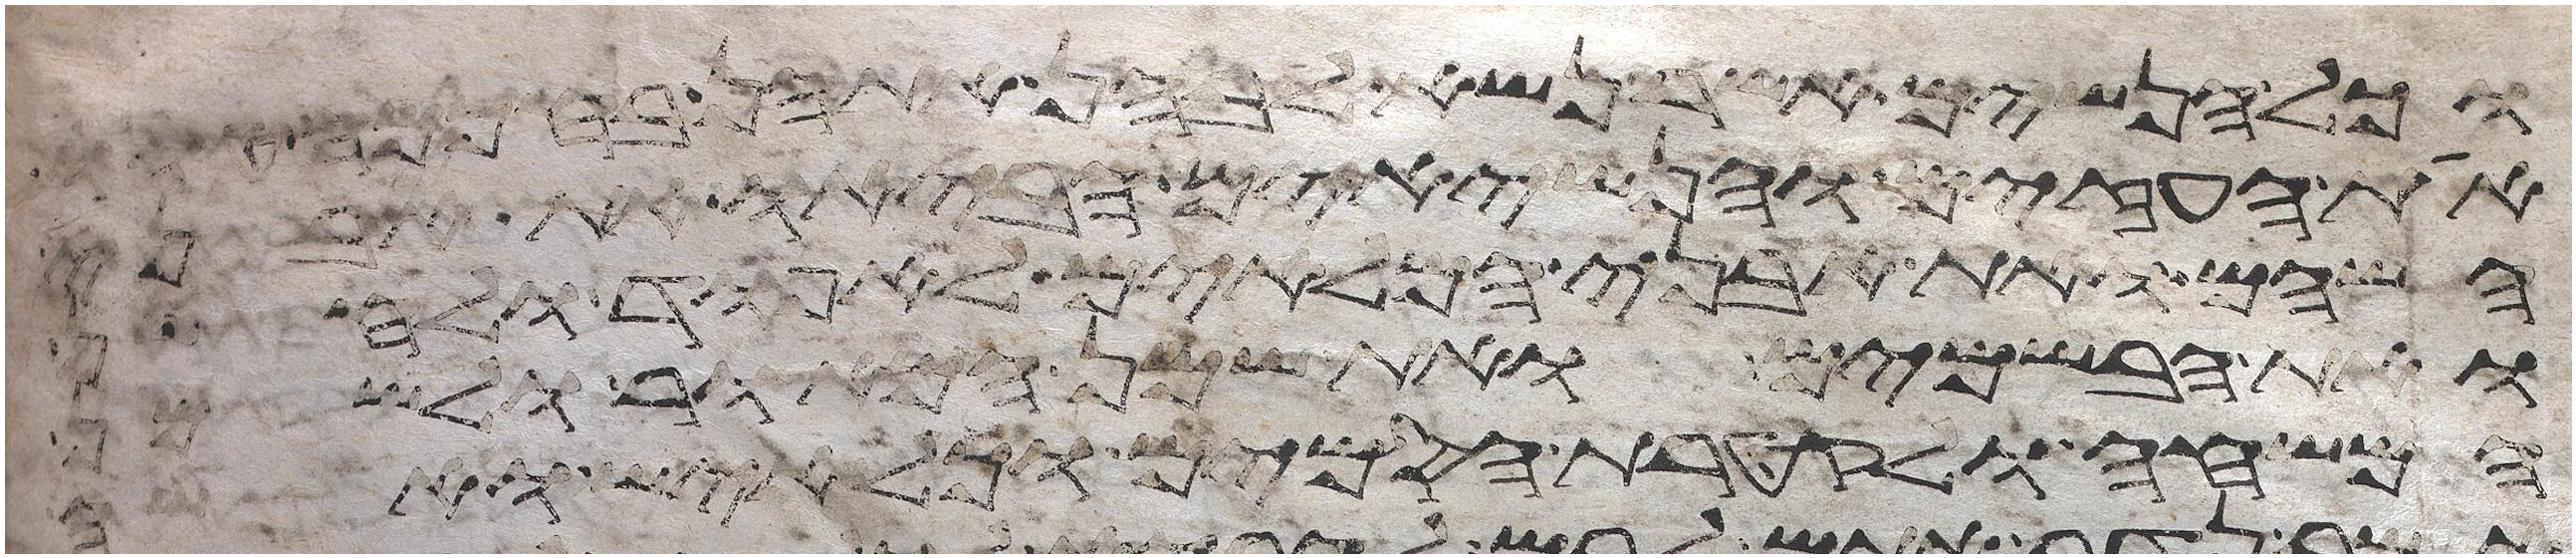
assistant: וכל הנשים אשר נשא לבהן אתהן בחכמה
את העזים והנשיאים הביאו את אבני
השהם ואת אבני המלאים לאפוד ולחשן
ואת הבשמים ואת שמן המאור לשמן
המשחה ולקטרת הסמים וכל איש ואשה